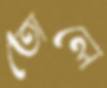
তোলে